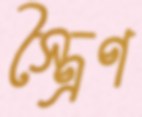
স্ত্রৈণ